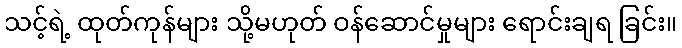
သင့်ရဲ့ ထုတ်ကုန်များ သို့မဟုတ် ဝန်ဆောင်မှုများ ရောင်းချရ ခြင်း။